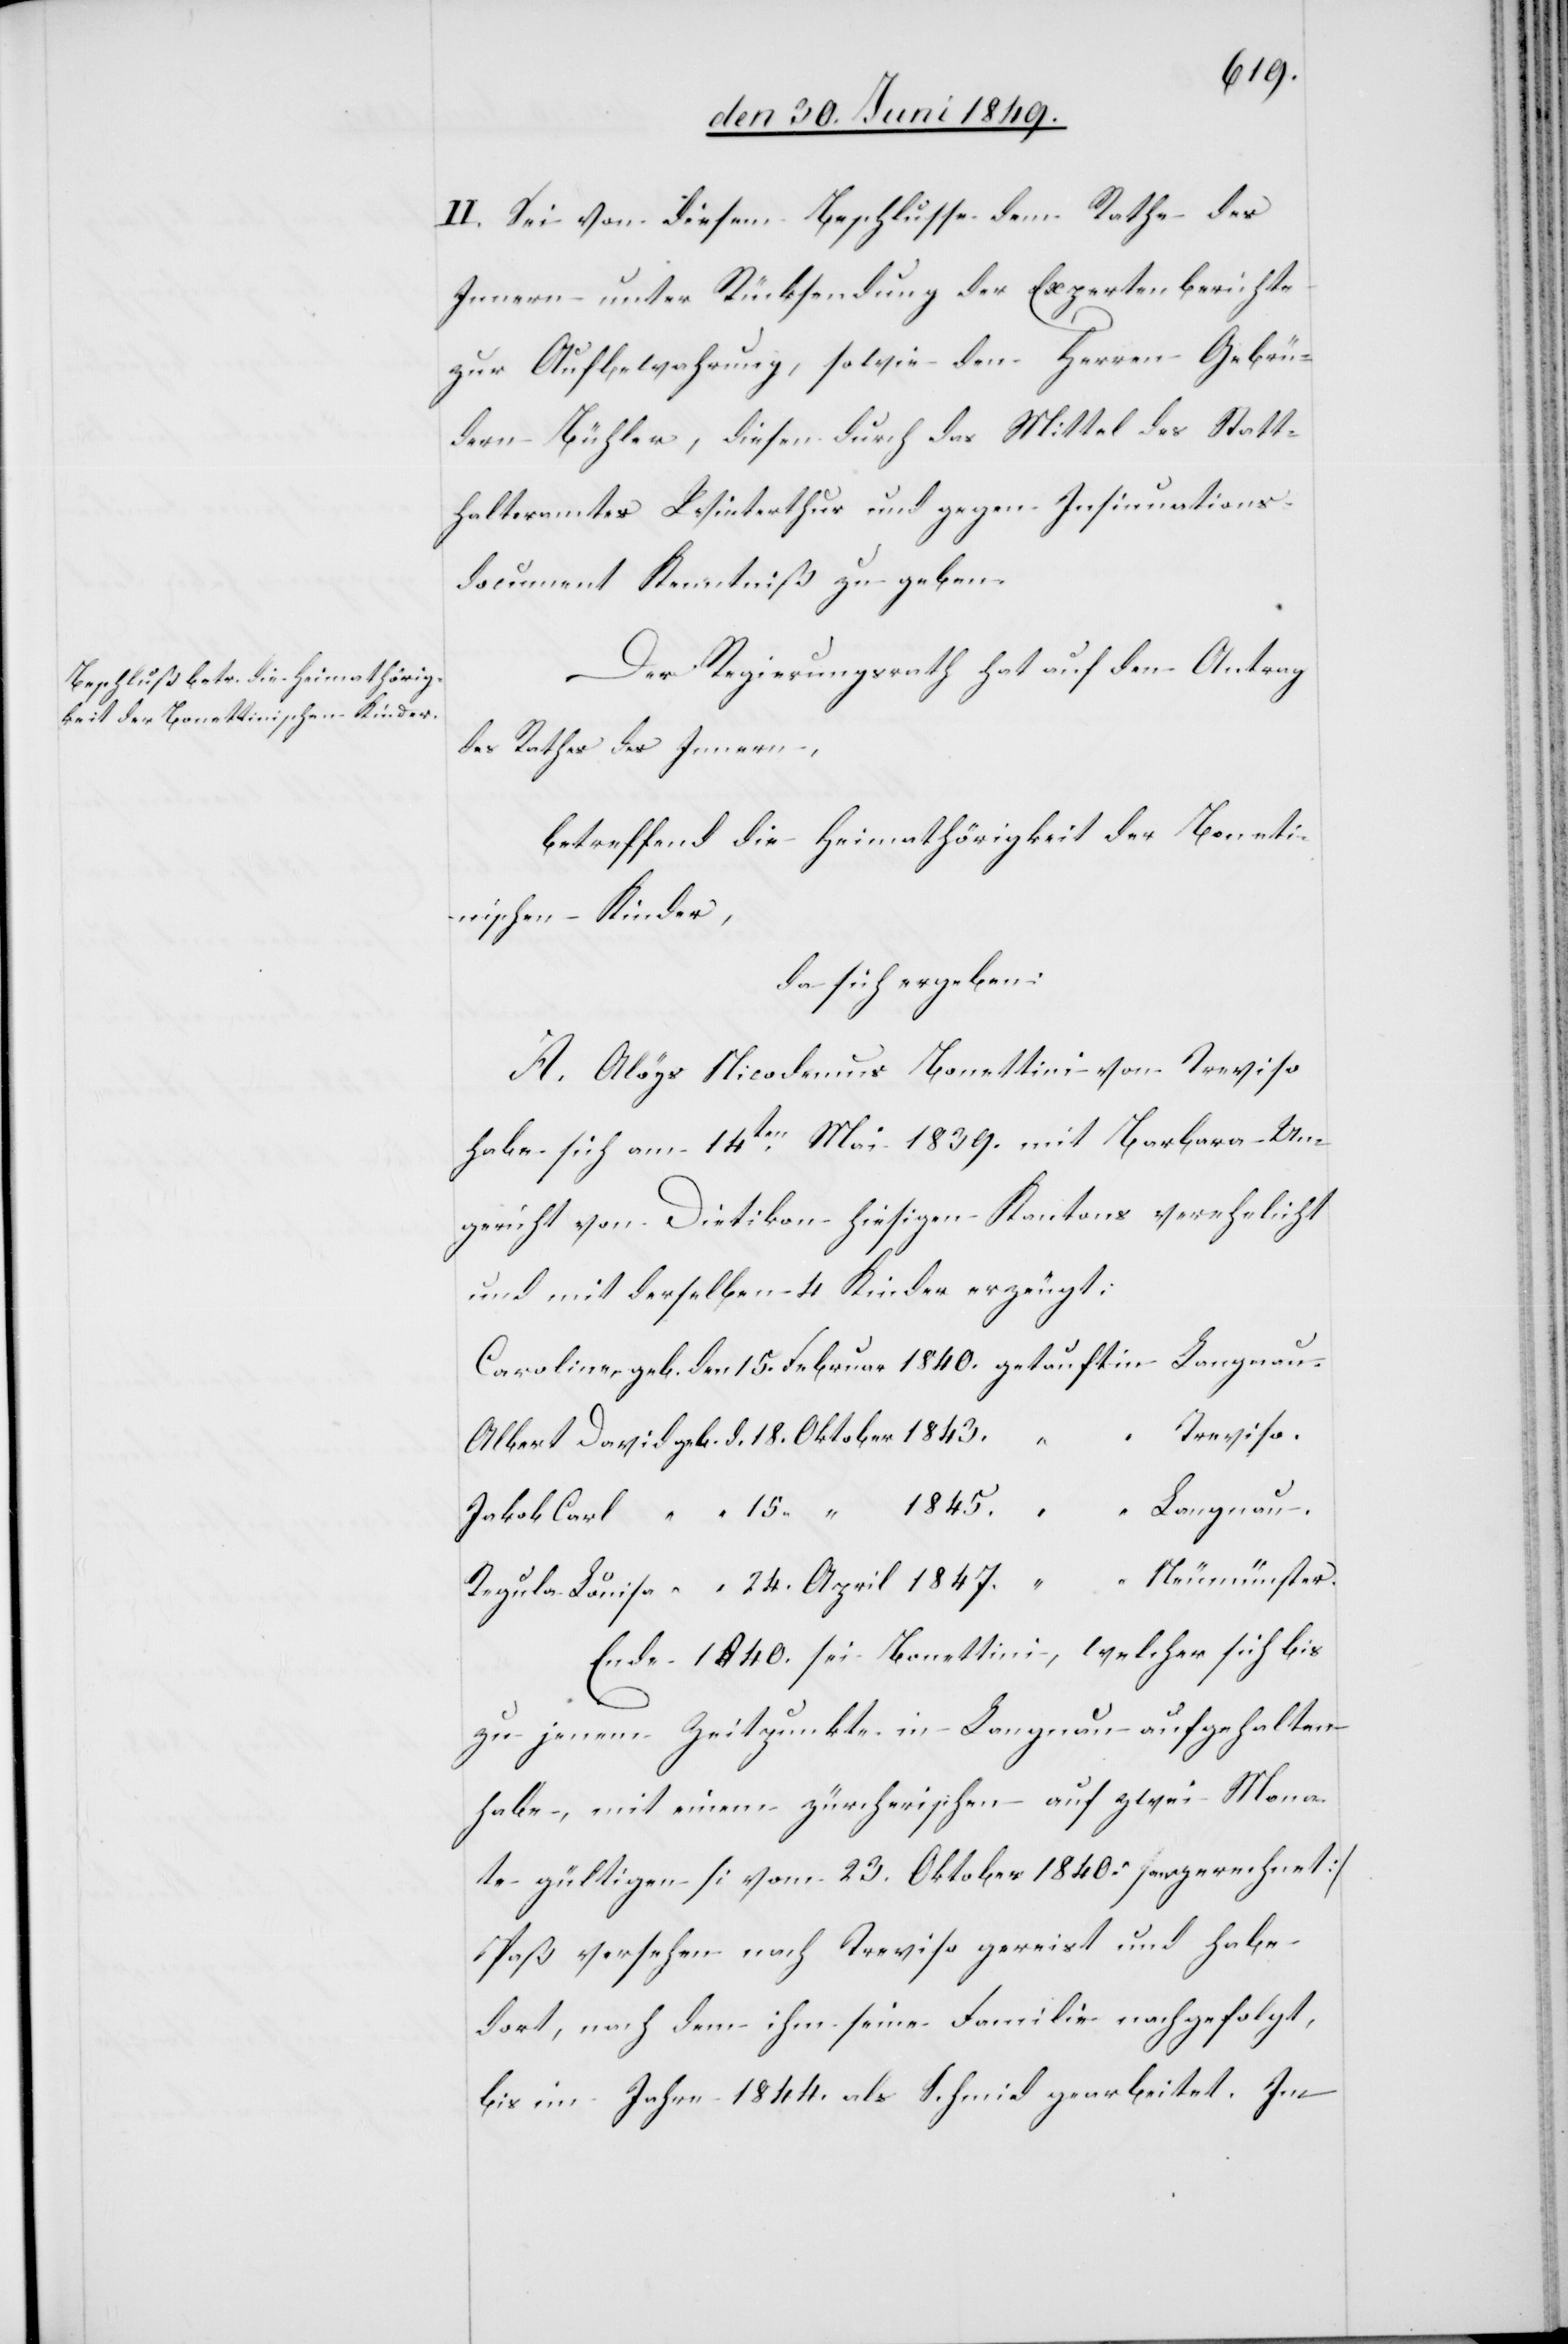
II. Sei von diesem Beschlusse dem Rathe des
Innern unter Rücksendung der Expertenberichte
zur Aufbewahrung, sowie den Herren Gebrü¬
der Bühler, diesen durch das Mittel des Statt¬
halteramtes Winterthur und gegen Insinuations¬
document Kenntniß zu geben.